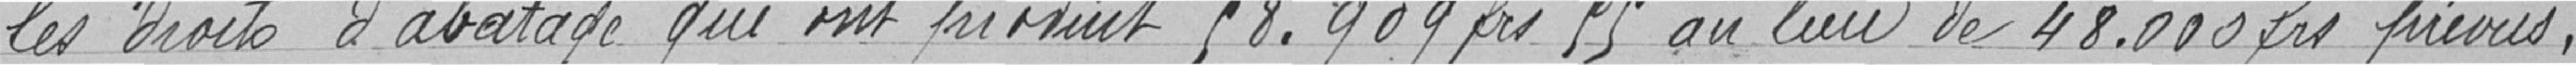
Les droits d'abatage qui ont produits 58.909, 95 francs au lieu de 48.000 francs prévus.